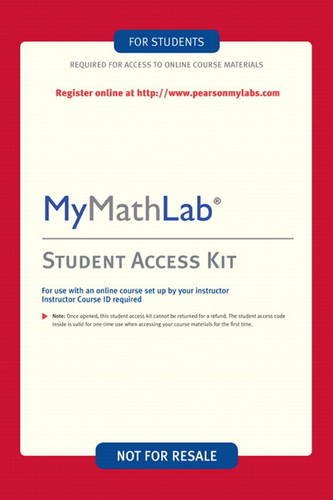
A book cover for MyMathLab: MyStatLab, Student Access Kit; Science & Math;